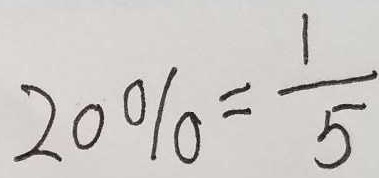
2 0 \% = \frac { 1 } { 5 }